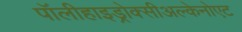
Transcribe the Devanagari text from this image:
पॉलीहाइड्रोक्सीअल्केनोएट